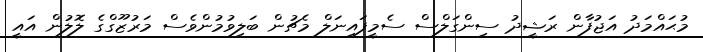
މުޙައްމަދު އަޖުފާން ރަޝީދު ސިންގަލްސް ސެމީފައިނަލް މެޗުން ބަލިވުމުންވެސް މަރުޒޫގްގެ ލޮލުން އައީ